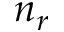
n _ { r }